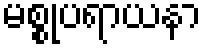
မစ္စုပရာယနာ